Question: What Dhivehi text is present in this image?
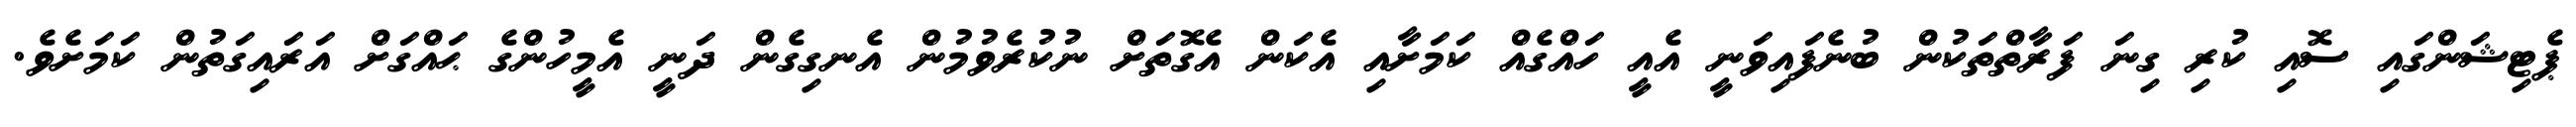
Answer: ޕެޓިޝަންގައި ސޮއި ކުރި ގިނަ ފަރާތްތަކުން ބުނެފައިވަނީ އެއީ ހައްގެއް ކަމަށާއި އެކަން އެގޮތަށް ނުކުރެވުމުން އެނގިގެން ދަނީ އެމީހުންގެ ޙައްގަށް އަރައިގަތުން ކަމަށެވެ.